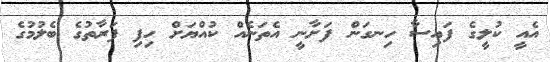
އެއީ ކުލީގެ ފައިސާ ހިނގަން ފަށާނީ އެތަނެއް ކުއްޔަށް ހިފި ފަރާތުގެ ބެލުމުގެ